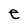
Character: e